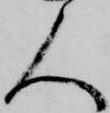
人